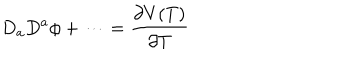
LaTeX: D _ { a } D ^ { a } \phi + \cdots = \frac { \partial V ( T ) } { \partial T }